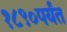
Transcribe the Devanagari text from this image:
१८९०पर्यंत